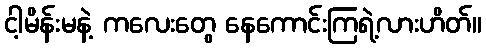
ငါ့မိန်းမနဲ့ ကလေးတွေ နေကောင်းကြရဲ့လားဟိတ်။